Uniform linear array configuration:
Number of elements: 24
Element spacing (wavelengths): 0.75
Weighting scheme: binomial
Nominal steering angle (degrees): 0
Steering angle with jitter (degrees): -0.3635
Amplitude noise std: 0.05
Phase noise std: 0.05

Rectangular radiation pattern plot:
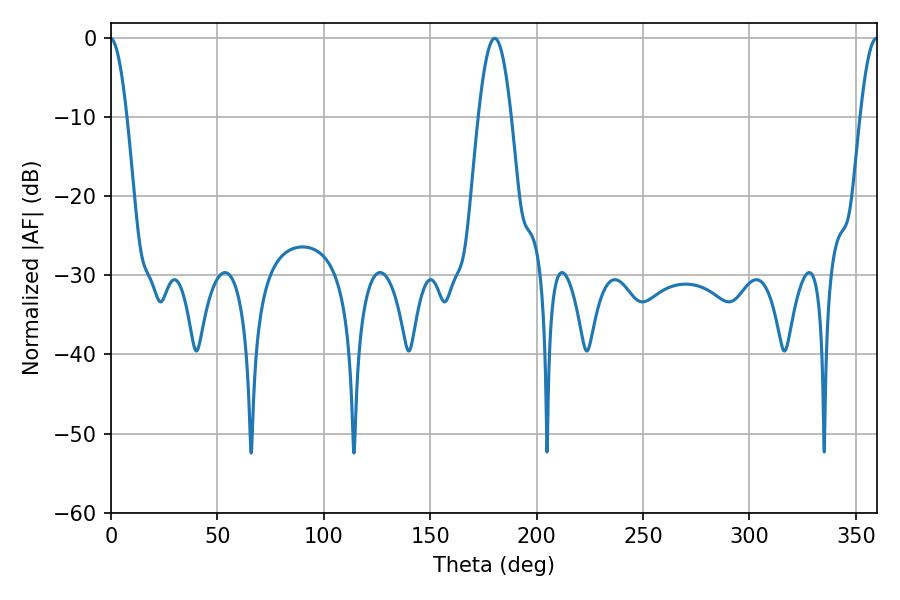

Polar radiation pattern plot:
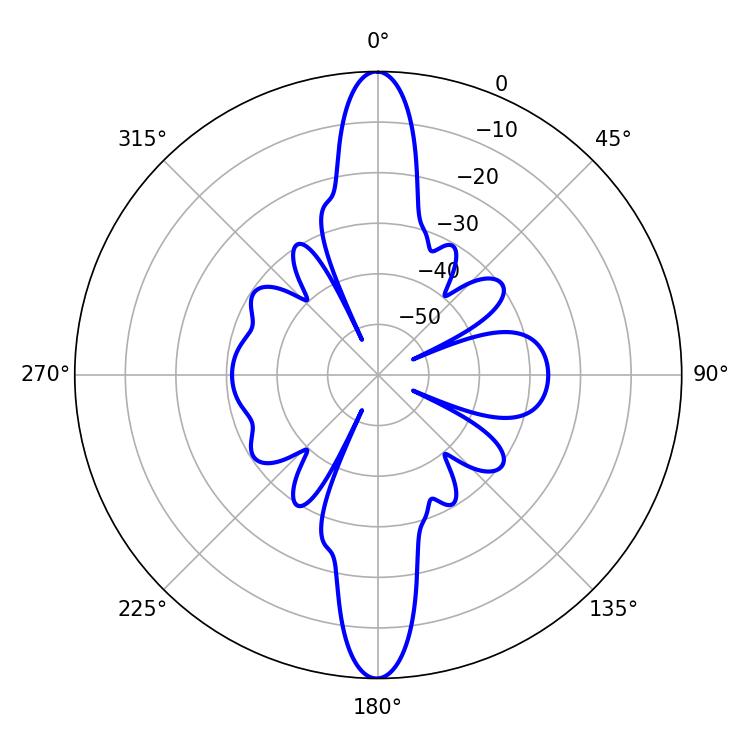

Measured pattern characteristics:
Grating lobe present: TRUE
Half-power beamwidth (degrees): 4.5
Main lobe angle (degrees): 359.64